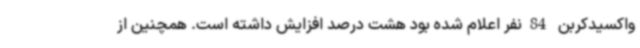
واکسیدکربن 84نفر اعلام شده بود هشت درصد افزایش داشته است. همچنین از